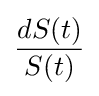
{\frac {dS(t)}{S(t)}}